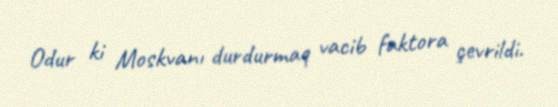
Odur ki Moskvanı durdurmaq vacib faktora çevrildi.